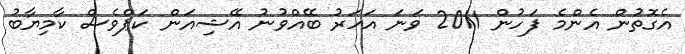
އެގޮތުން އެންމެ ފަހުން 2011 ވަނަ އަހަރު ބޭއްވުނު އޭޝިއަން ކަޕްވެސް ކާމިޔާބު